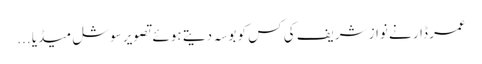
عمر ڈار نے نواز شریف کی کس کو بوسہ دیتے ہوئے تصویر سوشل میڈیا ...